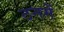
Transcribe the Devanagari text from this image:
ठनमें